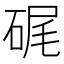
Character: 𥒮